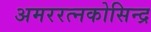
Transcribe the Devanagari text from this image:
अमररत्नकोसिन्द्र